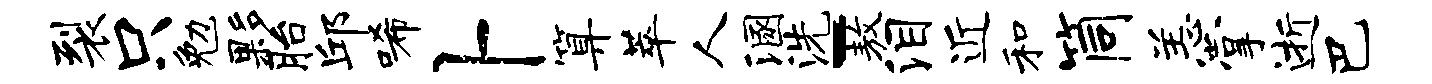
裂只勉夥胎邱唏卜算萃人溷洗-敖泪近和筒恙掌逝巴